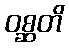
ဝစ္ဆတိ